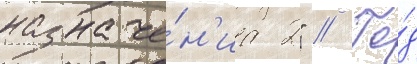
назначе́н'иа 2" // Го́д